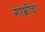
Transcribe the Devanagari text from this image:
गाभ्रीचा